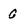
Character: 0